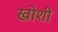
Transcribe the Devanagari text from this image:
खोशी